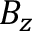
B _ { z }